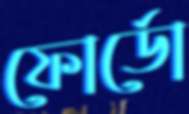
ফোর্ডো